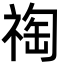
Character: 祹